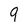
Character: q